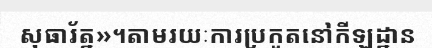
សុធារ័ត្ន»។តាមរយៈការប្រកួតនៅកីឡដ្ឋាន